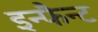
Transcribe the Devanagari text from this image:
इन्फैन्ट